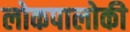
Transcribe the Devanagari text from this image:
लोकपालोकी